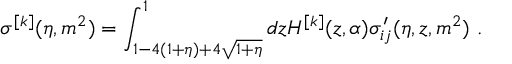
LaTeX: \sigma ^ { [ k ] } ( \eta , m ^ { 2 } ) = \int _ { 1 - 4 ( 1 + \eta ) + 4 \sqrt { 1 + \eta } } ^ { 1 } d z H ^ { [ k ] } ( z , \alpha ) \sigma _ { i j } ^ { \prime } ( \eta , z , m ^ { 2 } ) \ .